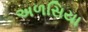
અળસિયા